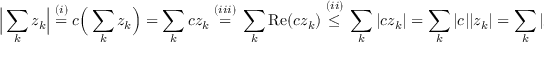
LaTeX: { \Big | } \sum _ { k } z _ { k } { \Big | } \; { \overset { ( i ) } { = } } \; c { \Big ( } \sum _ { k } z _ { k } { \Big ) } = \sum _ { k } c z _ { k } \; { \overset { ( i i i ) } { = } } \; \sum _ { k } \mathrm { R e } ( c z _ { k } ) \; { \overset { ( i i ) } { \leq } } \; \sum _ { k } | c z _ { k } | = \sum _ { k } | c | | z _ { k } | = \sum _ { k } | z _ { k } |